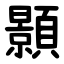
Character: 顥